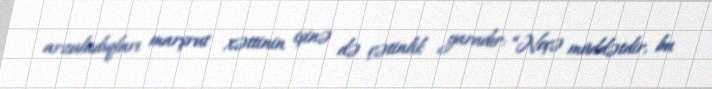
arzuladıqları marşrut xəttinin işinə də çətinlik yaradır: “Neçə müddətdir, bu